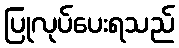
ပြုလုပ်ပေးရသည်